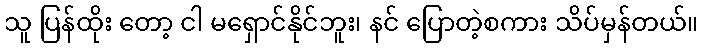
သူ ပြန်ထိုး တော့ ငါ မရှောင်နိုင်ဘူး၊ နင် ပြောတဲ့စကား သိပ်မှန်တယ်။